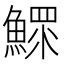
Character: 鰥